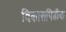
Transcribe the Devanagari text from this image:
विकासपिडीया